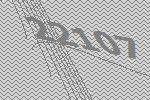
22107